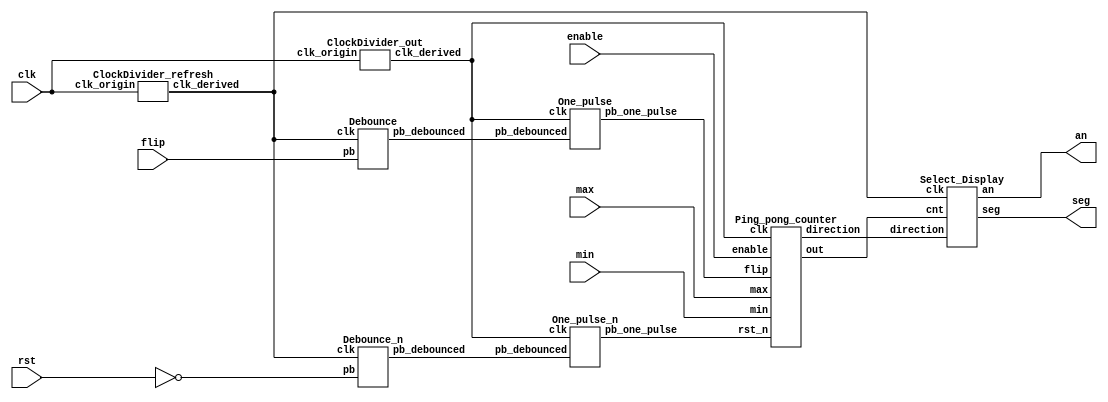
`timescale 1ns/1ps

module Parameterized_Ping_Pong_Counter (
    seg,
    an,
    clk,
    enable,
    rst,
    flip,
    max,
    min
);
input clk;
input rst;
input enable;
input flip;
input [4-1:0] max;
input [4-1:0] min;
output [8-1:0] seg; // 0~6: ca~cg  7: dp
output [4-1:0] an;


wire rst_n;
assign rst_n = !rst;

wire flip_debounced;
wire flip_one_pulse;
wire rst_n_debounced;
wire rst_n_one_pulse;

wire [4-1:0] out;
wire direction;

wire clk_out;
wire clk_refresh;


ClockDivider_out clock_divider_out(
    .clk_derived(clk_out),
    .clk_origin(clk)
);

ClockDivider_refresh clock_divider_refresh(
    .clk_derived(clk_refresh),
    .clk_origin(clk)
);

// Sequential: flip debouncing, one pulse
Debounce debounce_flip (
   .pb_debounced(flip_debounced),
   .pb(flip),
   .clk(clk_refresh)
);
One_pulse one_pulse_flip (
   .pb_one_pulse(flip_one_pulse),
   .pb_debounced(flip_debounced),
   .clk(clk_out)
);
// Sequential: rst_n debouncing, one pulse
Debounce_n debounce_rst_n (
   .pb_debounced(rst_n_debounced),
   .pb(rst_n),
   .clk(clk_refresh)
);
One_pulse_n one_pulse_rst_n (
   .pb_one_pulse(rst_n_one_pulse),
   .pb_debounced(rst_n_debounced),
   .clk(clk_out)
);


Ping_pong_counter pppc(
    .out(out),
    .direction(direction),
    .clk(clk_out),
    .rst_n(rst_n_one_pulse),
    .enable(enable),
    .flip(flip_one_pulse),
    .max(max),
    .min(min)
);


// Sequential: select digit to display
Select_Display select_display(
    .seg(seg),
    .an(an),
    .clk(clk_refresh),
    .cnt(out),
    .direction(direction)
);

endmodule


/**
 * @output clk_out: The clk for updating ping-pong counter. 1 clk / 0.5s
 * @output clk_refresh: The clk for updating 7-segment display. Once clk_refresh trigger, change
 *                   the display digit. So every 4 clk_refresh, the 7-segment display refresh.
 *                   1 clk / 1 ms
*/
// TODO: parameterize ClokDivider clk
module ClockDivider_out (clk_derived, clk_origin);

input clk_origin;
output clk_derived;

reg [25-1:0] cnt;
wire [25-1:0] next_cnt;

always @(posedge clk_origin) begin
  cnt <= next_cnt;
end

assign next_cnt = cnt + 1;
assign clk_derived = cnt[25-1];

endmodule


module ClockDivider_refresh (clk_derived, clk_origin);

input clk_origin;
output clk_derived;

reg [16-1:0] cnt;
wire [16-1:0] next_cnt;

always @(posedge clk_origin) begin
  cnt <= next_cnt;
end

assign next_cnt = cnt + 1;
assign clk_derived = cnt[16-1];

endmodule

module Select_Display (
    seg,
    an,
    cnt,
    direction,
    clk
);

input clk;
input [4-1:0] cnt;
input direction;
output [4-1:0] an;
output [8-1:0] seg;

// FIXME: 'an_idx' should be 2bit, but it doesn't work, idk why.
//        and 3bits work, so don't touch it.
reg [2-1:0] an_idx;  // index of current updating an
reg [4-1:0] in;
reg in_type;  // 0: direction  1: out


// Sequential: index of current updating an
always @(posedge clk) begin
    if (an_idx == 2'b11) begin
        an_idx <= 2'b00;
    end
    else begin
        an_idx <= an_idx + 2'b01;
    end
end

assign an[3] = (an_idx == 2'b11) ? 1'b0 : 1'b1;  // out[1]
assign an[2] = (an_idx == 2'b10) ? 1'b0 : 1'b1;  // out[0]
assign an[1] = (an_idx == 2'b01) ? 1'b0 : 1'b1;  // direction
assign an[0] = (an_idx == 2'b00) ? 1'b0 : 1'b1;  // direction

// Combinational: display segments
always @(*) begin
    if (an_idx == 2'b10) begin
        in_type = 1'b1;
        in = (cnt >= 4'd10) ? (cnt - 4'd10) : cnt;
    end
    else if (an_idx == 2'b11) begin
        in_type = 1'b1;
        in = (cnt >= 4'd10) ? 4'b0001 : 4'b0000;
    end
    else begin
        in_type = 1'b0;
        in = {3'b0, direction};
    end
end

Seven_Segment_Display seven_segment_display(
    .seg(seg),
    .in(in),
    .in_type(in_type)
);

endmodule

module Seven_Segment_Display (seg, in, in_type);

input [4-1:0] in;
input in_type;  // 0: direction  1: out
output reg [8-1:0] seg; // 0~6: ca~cg  7: dp

// Combinational: next seg
always @(*) begin
    if (in_type == 1'b0) begin
        if (in == 4'b1) begin
            seg = 8'b11011100;  // ca, cb, cf
        end
        else begin
            seg = 8'b11100011;  // cc, cd, ce
        end
    end
    else begin
        case(in)
            4'd0: begin seg = 8'b11000000; end
            4'd1: begin seg = 8'b11111001; end
            4'd2: begin seg = 8'b10100100; end
            4'd3: begin seg = 8'b10110000; end
            4'd4: begin seg = 8'b10011001; end
            4'd5: begin seg = 8'b10010010; end
            4'd6: begin seg = 8'b10000010; end
            4'd7: begin seg = 8'b11111000; end
            4'd8: begin seg = 8'b10000000; end
            4'd9: begin seg = 8'b10010000; end
            // dot stand for unknown 'in'
            4'ha: begin seg = 8'b00001000; end
            4'hb: begin seg = 8'b00000011; end
            4'hc: begin seg = 8'b01000110; end
            4'hd: begin seg = 8'b00100001; end
            4'he: begin seg = 8'b00000110; end
            4'hf: begin seg = 8'b00001110; end
            default: begin seg = 8'b01111111; end
        endcase
    end
end

endmodule



// Debounce submodule
module Debounce (pb_debounced, pb, clk);

input pb;
input clk;
output pb_debounced;

reg [4-1:0] dff;

always @(posedge clk) begin
    dff[3:1] <= dff[2:0];
    dff[0] <= pb;
end

assign pb_debounced = (dff == 4'b1111) ? 1'b1 : 1'b0;

endmodule

// Debounce_n submodule
module Debounce_n (pb_debounced, pb, clk);

input pb;
input clk;
output pb_debounced;

reg [4-1:0] dff;

always @(posedge clk) begin
    dff[3:1] <= dff[2:0];
    dff[0] <= pb;
end

assign pb_debounced = (dff == 4'b0000) ? 1'b0 : 1'b1;

endmodule


// One pulse submodule
module One_pulse (pb_one_pulse, pb_debounced, clk);

input pb_debounced;
input clk;
output reg pb_one_pulse;

reg pb_debounced_delay;

always @(posedge clk) begin
    pb_one_pulse <= pb_debounced & (!pb_debounced_delay);
    pb_debounced_delay <= pb_debounced;
end

endmodule

// One pulse_n submodule
module One_pulse_n (pb_one_pulse, pb_debounced, clk);

input pb_debounced;
input clk;
output reg pb_one_pulse;

reg pb_debounced_delay;

always @(posedge clk) begin
    pb_one_pulse <= pb_debounced | (!pb_debounced_delay);
    pb_debounced_delay <= pb_debounced;
end

endmodule


module Ping_pong_counter (out, direction, clk, rst_n, enable, flip, max, min);

input clk;
input rst_n;
input enable;
input flip;
input [4-1:0] max;
input [4-1:0] min;
output reg direction;
output reg [4-1:0] out;

reg next_direction;
reg [4-1:0] next_out;

// Sequential: direction
always @(posedge clk) begin
    if (rst_n == 1'b0) begin
        direction <= 1'b1;
    end
    else begin
        direction <= next_direction;
    end
end

// Sequential: out
always @(posedge clk) begin
    if (rst_n == 1'b0) begin
        out <= min;
    end
    else begin
        out <= next_out;
    end
end

// Combinational: next_direction
always @(*) begin
    if (enable) begin
        if (max > min) begin
            if (out >= min && out <= max) begin
                if (flip == 1'b1) begin
                    next_direction = !direction;
                end
                else begin
                    if (out == min) begin
                        next_direction = 1'b1;
                    end
                    else if (out == max) begin
                        next_direction = 1'b0;
                    end
                    else begin
                        next_direction = direction;
                    end
                end
            end
            else begin
                next_direction = direction;
            end
        end
        else begin
            next_direction = direction;
        end
    end
    else begin
        next_direction = direction;
    end
end

// Combinational: next_out
always @(*) begin
    if (enable) begin
        if (max > min) begin
            if (out >= min && out <= max) begin
                if (next_direction == 1'b1) begin
                    next_out = out + 4'b0001;
                end
                else if (next_direction == 1'b0) begin
                    next_out = out - 4'b0001;
                end
                else begin
                    next_out = out;
                end
            end
            else begin
                next_out = out;
            end
        end
        else begin
            next_out = out;
        end
    end
    else begin
        next_out = out;
    end
end
endmodule